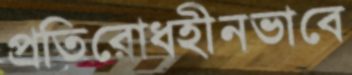
প্রতিরোধহীনভাবে